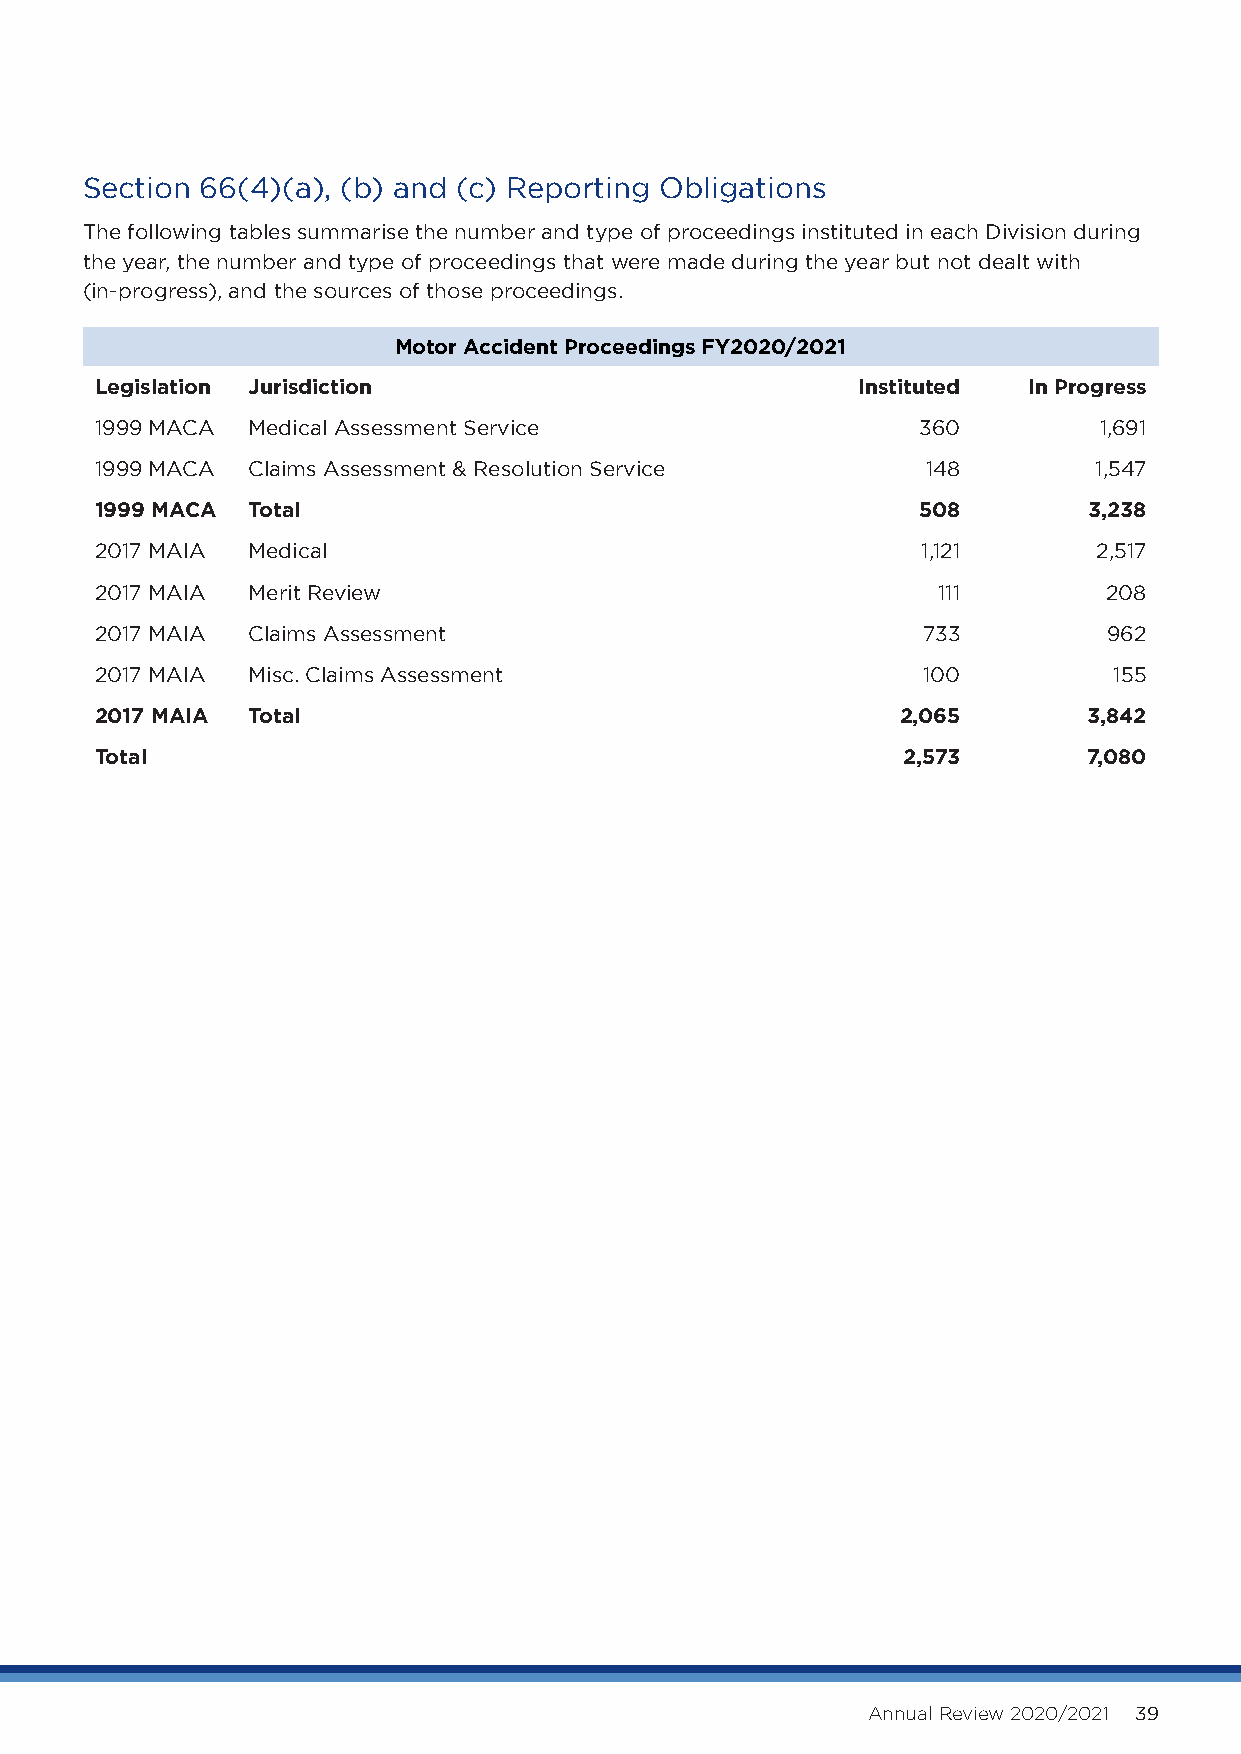
Section 66(4)(a), (b) and (c) Reporting Obligations
 The following tables summarise the number and type of proceedings instituted in each Division during
 the year, the number and type of proceedings that were made during the year but not dealt with
 (in-progress), and the sources of those proceedings.
 Motor Accident Proceedings FY2020/2021
 Legislation Jurisdiction                           Instituted In Progress
 1999 MACA Medical Assessment Service                   360         1,691
 1999 MACA Claims Assessment & Resolution Service       148        1,547
 1999 MACA Total                                        508        3,238
 2017 MAIA Medical                                      1,121       2,517
 2017 MAIA Merit Review                                  111        208
 2017 MAIA Claims Assessment                            733         962
 2017 MAIA Misc. Claims Assessment                      100          155
 2017 MAIA Total                                       2,065       3,842
 Total                                                 2,573       7,080
 Annual Review 2020/2021 39